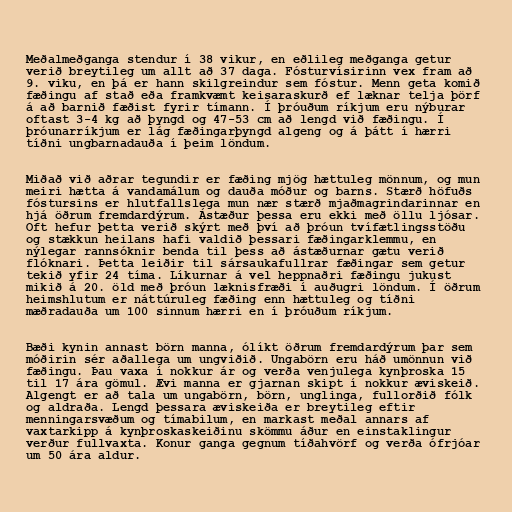
Meðalmeðganga stendur í 38 vikur, en eðlileg meðganga getur
verið breytileg um allt að 37 daga. Fósturvísirinn vex fram að
9. viku, en þá er hann skilgreindur sem fóstur. Menn geta komið
fæðingu af stað eða framkvæmt keisaraskurð ef læknar telja þörf
á að barnið fæðist fyrir tímann. Í þróuðum ríkjum eru nýburar
oftast 3-4 kg að þyngd og 47-53 cm að lengd við fæðingu. Í
þróunarríkjum er lág fæðingarþyngd algeng og á þátt í hærri
tíðni ungbarnadauða í þeim löndum.

Miðað við aðrar tegundir er fæðing mjög hættuleg mönnum, og mun
meiri hætta á vandamálum og dauða móður og barns. Stærð höfuðs
fóstursins er hlutfallslega mun nær stærð mjaðmagrindarinnar en
hjá öðrum fremdardýrum. Ástæður þessa eru ekki með öllu ljósar.
Oft hefur þetta verið skýrt með því að þróun tvífætlingsstöðu
og stækkun heilans hafi valdið þessari fæðingarklemmu, en
nýlegar rannsóknir benda til þess að ástæðurnar gætu verið
flóknari. Þetta leiðir til sársaukafullrar fæðingar sem getur
tekið yfir 24 tíma. Líkurnar á vel heppnaðri fæðingu jukust
mikið á 20. öld með þróun læknisfræði í auðugri löndum. Í öðrum
heimshlutum er náttúruleg fæðing enn hættuleg og tíðni
mæðradauða um 100 sinnum hærri en í þróuðum ríkjum.

Bæði kynin annast börn manna, ólíkt öðrum fremdardýrum þar sem
móðirin sér aðallega um ungviðið. Ungabörn eru háð umönnun við
fæðingu. Þau vaxa í nokkur ár og verða venjulega kynþroska 15
til 17 ára gömul. Ævi manna er gjarnan skipt í nokkur æviskeið.
Algengt er að tala um ungabörn, börn, unglinga, fullorðið fólk
og aldraða. Lengd þessara æviskeiða er breytileg eftir
menningarsvæðum og tímabilum, en markast meðal annars af
vaxtarkipp á kynþroskaskeiðinu skömmu áður en einstaklingur
verður fullvaxta. Konur ganga gegnum tíðahvörf og verða ófrjóar
um 50 ára aldur.